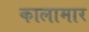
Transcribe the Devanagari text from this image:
कालामार